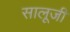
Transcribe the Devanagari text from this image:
सालूजी